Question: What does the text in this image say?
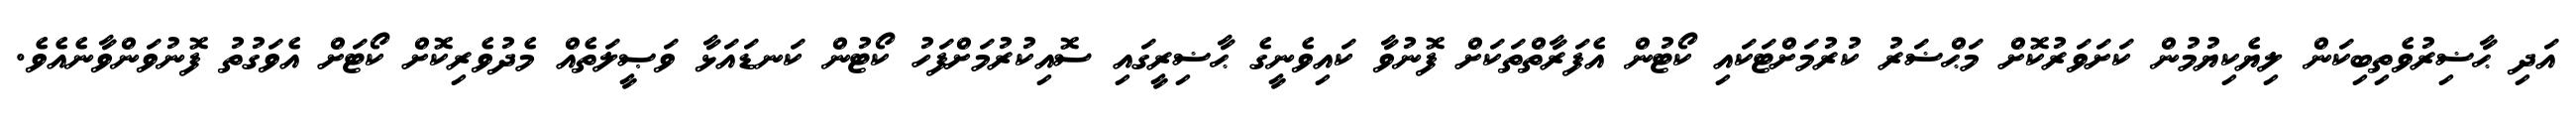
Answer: އަދި ޙާޟިރުވެތިބިކަން ލިޔެކިޔުމުން ކަށަވަރުކޮށް މަޙްޟަރު ކުރުމަށްޓަކައި ކޯޓުން އެފަރާތްތަކަށް ފޮނުވާ ކައިވެނީގެ ޙާޟިރީގައި ސޮއިކުރުމަށްފަހު ކޯޓުން ކަނޑައަޅާ ވަޞީލަތެއް މެދުވެރިކޮށް ކޯޓަށް އެވަގުތު ފޮނުވަންވާނެއެވެ.